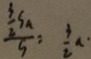
\frac { \frac { 3 } { 2 } S _ { a } } { S } = \frac { 3 } { 2 } a